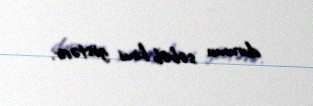
durumu səbəb kimi göstərir.